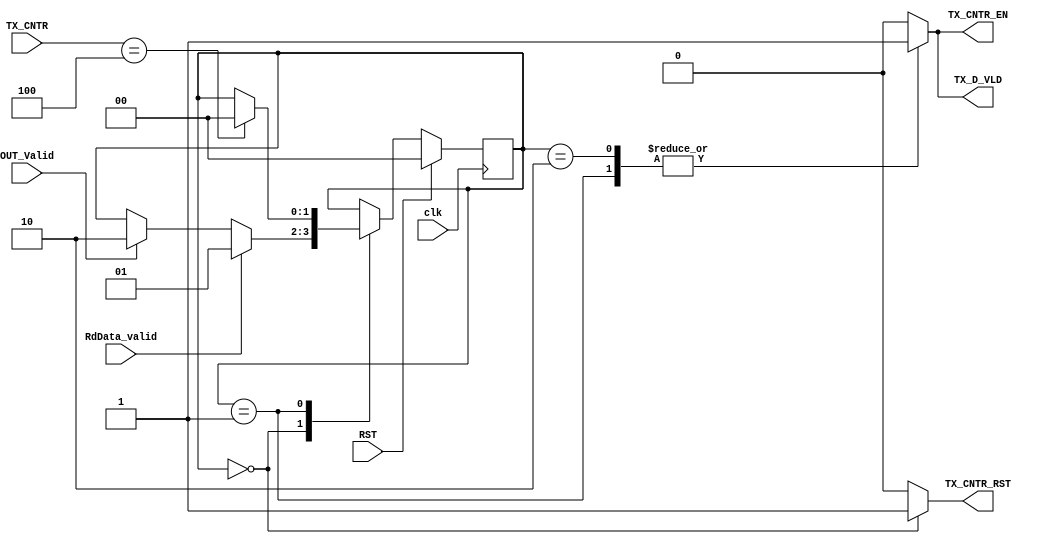
module SYSCTRL_TXFSM #(parameter DATA_WIDTH = 32)(
input                               clk,
                                    RST,
                                    RdData_valid,
                                    OUT_Valid,
            
input  [$clog2(DATA_WIDTH/8) :0]    TX_CNTR , 

output  reg                            TX_CNTR_RST ,
                                    TX_CNTR_EN  ,
                                    TX_D_VLD
);
localparam      SEND_IDLE       = 0,
                RF_TX_CNTR_EN   = 1,
                ALU_TX_CNTR_EN  = 2;

reg [1:0]tx_state;

always @(posedge clk)
begin
    if (RST)
        tx_state <= SEND_IDLE ;
    else
        case (tx_state)
            SEND_IDLE       :  if (RdData_valid)
                                    tx_state <= RF_TX_CNTR_EN;
                                else if (OUT_Valid)
                                    tx_state <= ALU_TX_CNTR_EN;
            
            RF_TX_CNTR_EN   :   if (TX_CNTR == DATA_WIDTH / 8 )
                                    tx_state <= SEND_IDLE ;

            ALU_TX_CNTR_EN  :   if (TX_CNTR == DATA_WIDTH / 4 )
                                    tx_state <= SEND_IDLE ;
        endcase        
end


always @(*) begin
    TX_CNTR_EN  = 0 ;
    TX_CNTR_RST = 0 ;
    TX_D_VLD    = 0 ;
    case (tx_state)
        SEND_IDLE       :   begin
                                TX_CNTR_EN  = 0;
                                TX_CNTR_RST = 1;
                                TX_D_VLD    = 0;
                            end       
        
        RF_TX_CNTR_EN   :   begin
                                TX_CNTR_EN  = 1;
                                TX_CNTR_RST = 0;
                                TX_D_VLD    = 1;
                            end       

        ALU_TX_CNTR_EN  :   begin
                                TX_CNTR_EN  = 1;
                                TX_CNTR_RST = 0;
                                TX_D_VLD    = 1;
                            end     
    endcase
end
endmodule